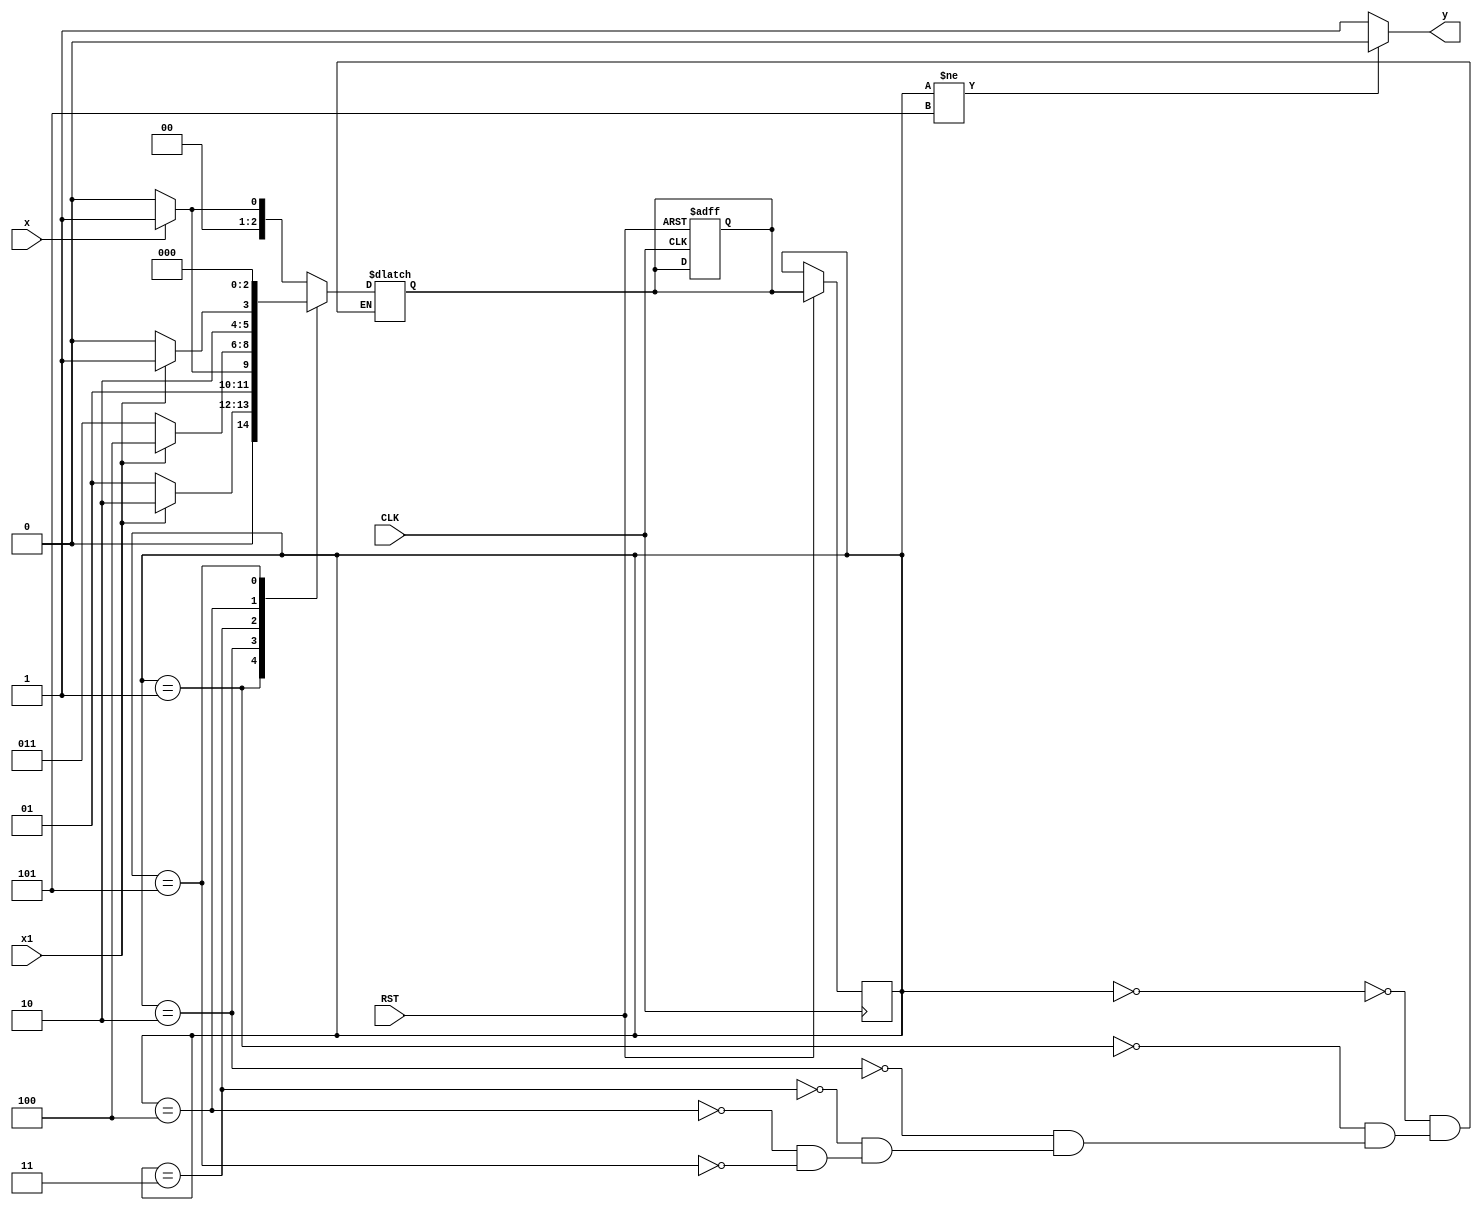
`timescale 1ns / 1ps
//////////////////////////////////////////////////////////////////////////////////
// Company: 
// 
// Design Name: 
// Module Name: HW_3_Nagelvoort_Ethan_Prob1_3always
// Project Name: 
// Target Devices: 
// Tool Versions: 
// Description: 
// 
// Dependencies: 
// 
// Revision:
// Revision 0.01 - File Created
// Additional Comments:
// 
//////////////////////////////////////////////////////////////////////////////////

//using three always
//s0=000
//s1=001
//s2=010
//s3=011
//s4=100
//s5=101
module HW_3_Nagelvoort_Ethan_Prob1_3always(input CLK,RST,x,x1, output reg y);
reg[2:0] currentState;//states have 3 bits
reg[2:0] nextState;
always @ (posedge CLK or negedge RST) begin

if(RST==0)//active low reset
nextState<=3'b000;
else
currentState<=nextState;
end

always@(*) begin 

case(currentState)
3'b000: begin //s0
if(x==1'b1)
nextState = 3'b001;
else 
nextState = 3'b000;
end

3'b001:begin //s1
if(x1==1'b1)
nextState=3'b010;
else
nextState=3'b001;
end

3'b010:begin //s2
if(x==1'b1)
nextState=3'b011;
else
nextState=3'b010;
end

3'b011:begin //s3
if(x1==1'b1)
nextState=3'b100;
else
nextState=3'b011;
end

3'b100:begin//s4
if(x1==1'b1)
nextState=3'b101;
else
nextState=3'b100;
end

3'b101 : begin //s5
nextState = 3'b000;
end
endcase
end

always@(*) begin//this always is for the outputs/y

if(currentState!=3'b101)//only time y=1 is when currentState = s5
y=1'b0;
else
y=1'b1;
end

endmodule